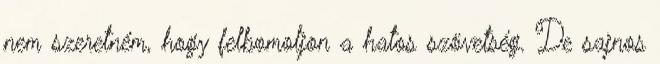
nem szeretném, hogy felbomoljon a hatos szövetség. De sajnos